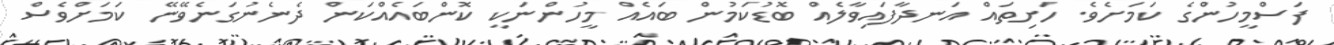
ފަސްމީހުންގެ ކަމަށެވެ. ހަށިތައް އަނދާފައިވާލެއް ބޮޑުކަމުން ބައެއް މީހުންނަކީ ކޮންބައެއްކަން ދެނެނުގަނެވޭނޭ ކަމަށްވެސް